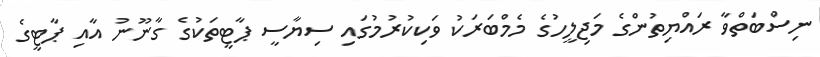
ނިސްބަތްވާ ރައްޔިތުންގެ މަޖިލީހުގެ މެމްބަރަކު ވަކިކުރުމުގައި ސިޔާސީ ޕާޓީތަކުގެ ގާނޫނު އާއި ޕާޓީގެ